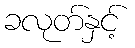
ခလုတ်နှင့်